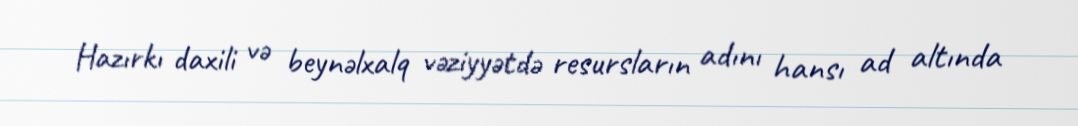
Hazırkı daxili və beynəlxalq vəziyyətdə resursların adını hansı ad altında